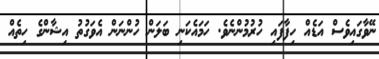
ނޭވާގައިވެސް އަޑެއް ހިފާފައި ހުރުމުންނެވެ. ހަމައެކަނި ބަލަން ހުންނަން އެވަގުތު އިޝާންގެ ހިތެއް